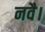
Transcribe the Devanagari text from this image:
नवै।